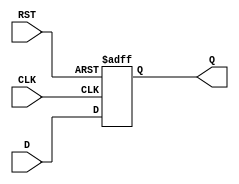
module DFF (
  input D, // Data input
  input CLK, // Clock input
  input RST, // Asynchronous reset input
  output reg Q // Output
);

always @(posedge CLK, posedge RST) begin
  if (RST) // Asynchronous reset
    Q <= 1'b0; // Reset to 0
  else
    Q <= D; // Transfer data input to output on rising edge of clock
end

endmodule